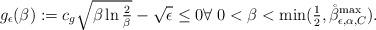
LaTeX: \begin{align*}g_\epsilon(\beta):=c_g \sqrt{\beta\ln \tfrac{2}{\beta}}-\sqrt{\epsilon}\le 0 \forall\; 0<\beta<\min(\tfrac{1}{2}, \mathring{\beta}^{\max}_{\epsilon,\alpha,C}).\end{align*}